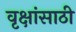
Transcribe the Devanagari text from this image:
वृक्षांसाठी